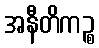
အနီတိကဉ္စ